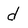
Character: d